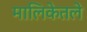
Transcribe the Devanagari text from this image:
मालिकेतले